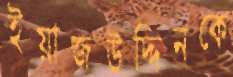
ইয়াজউদ্দিনকে